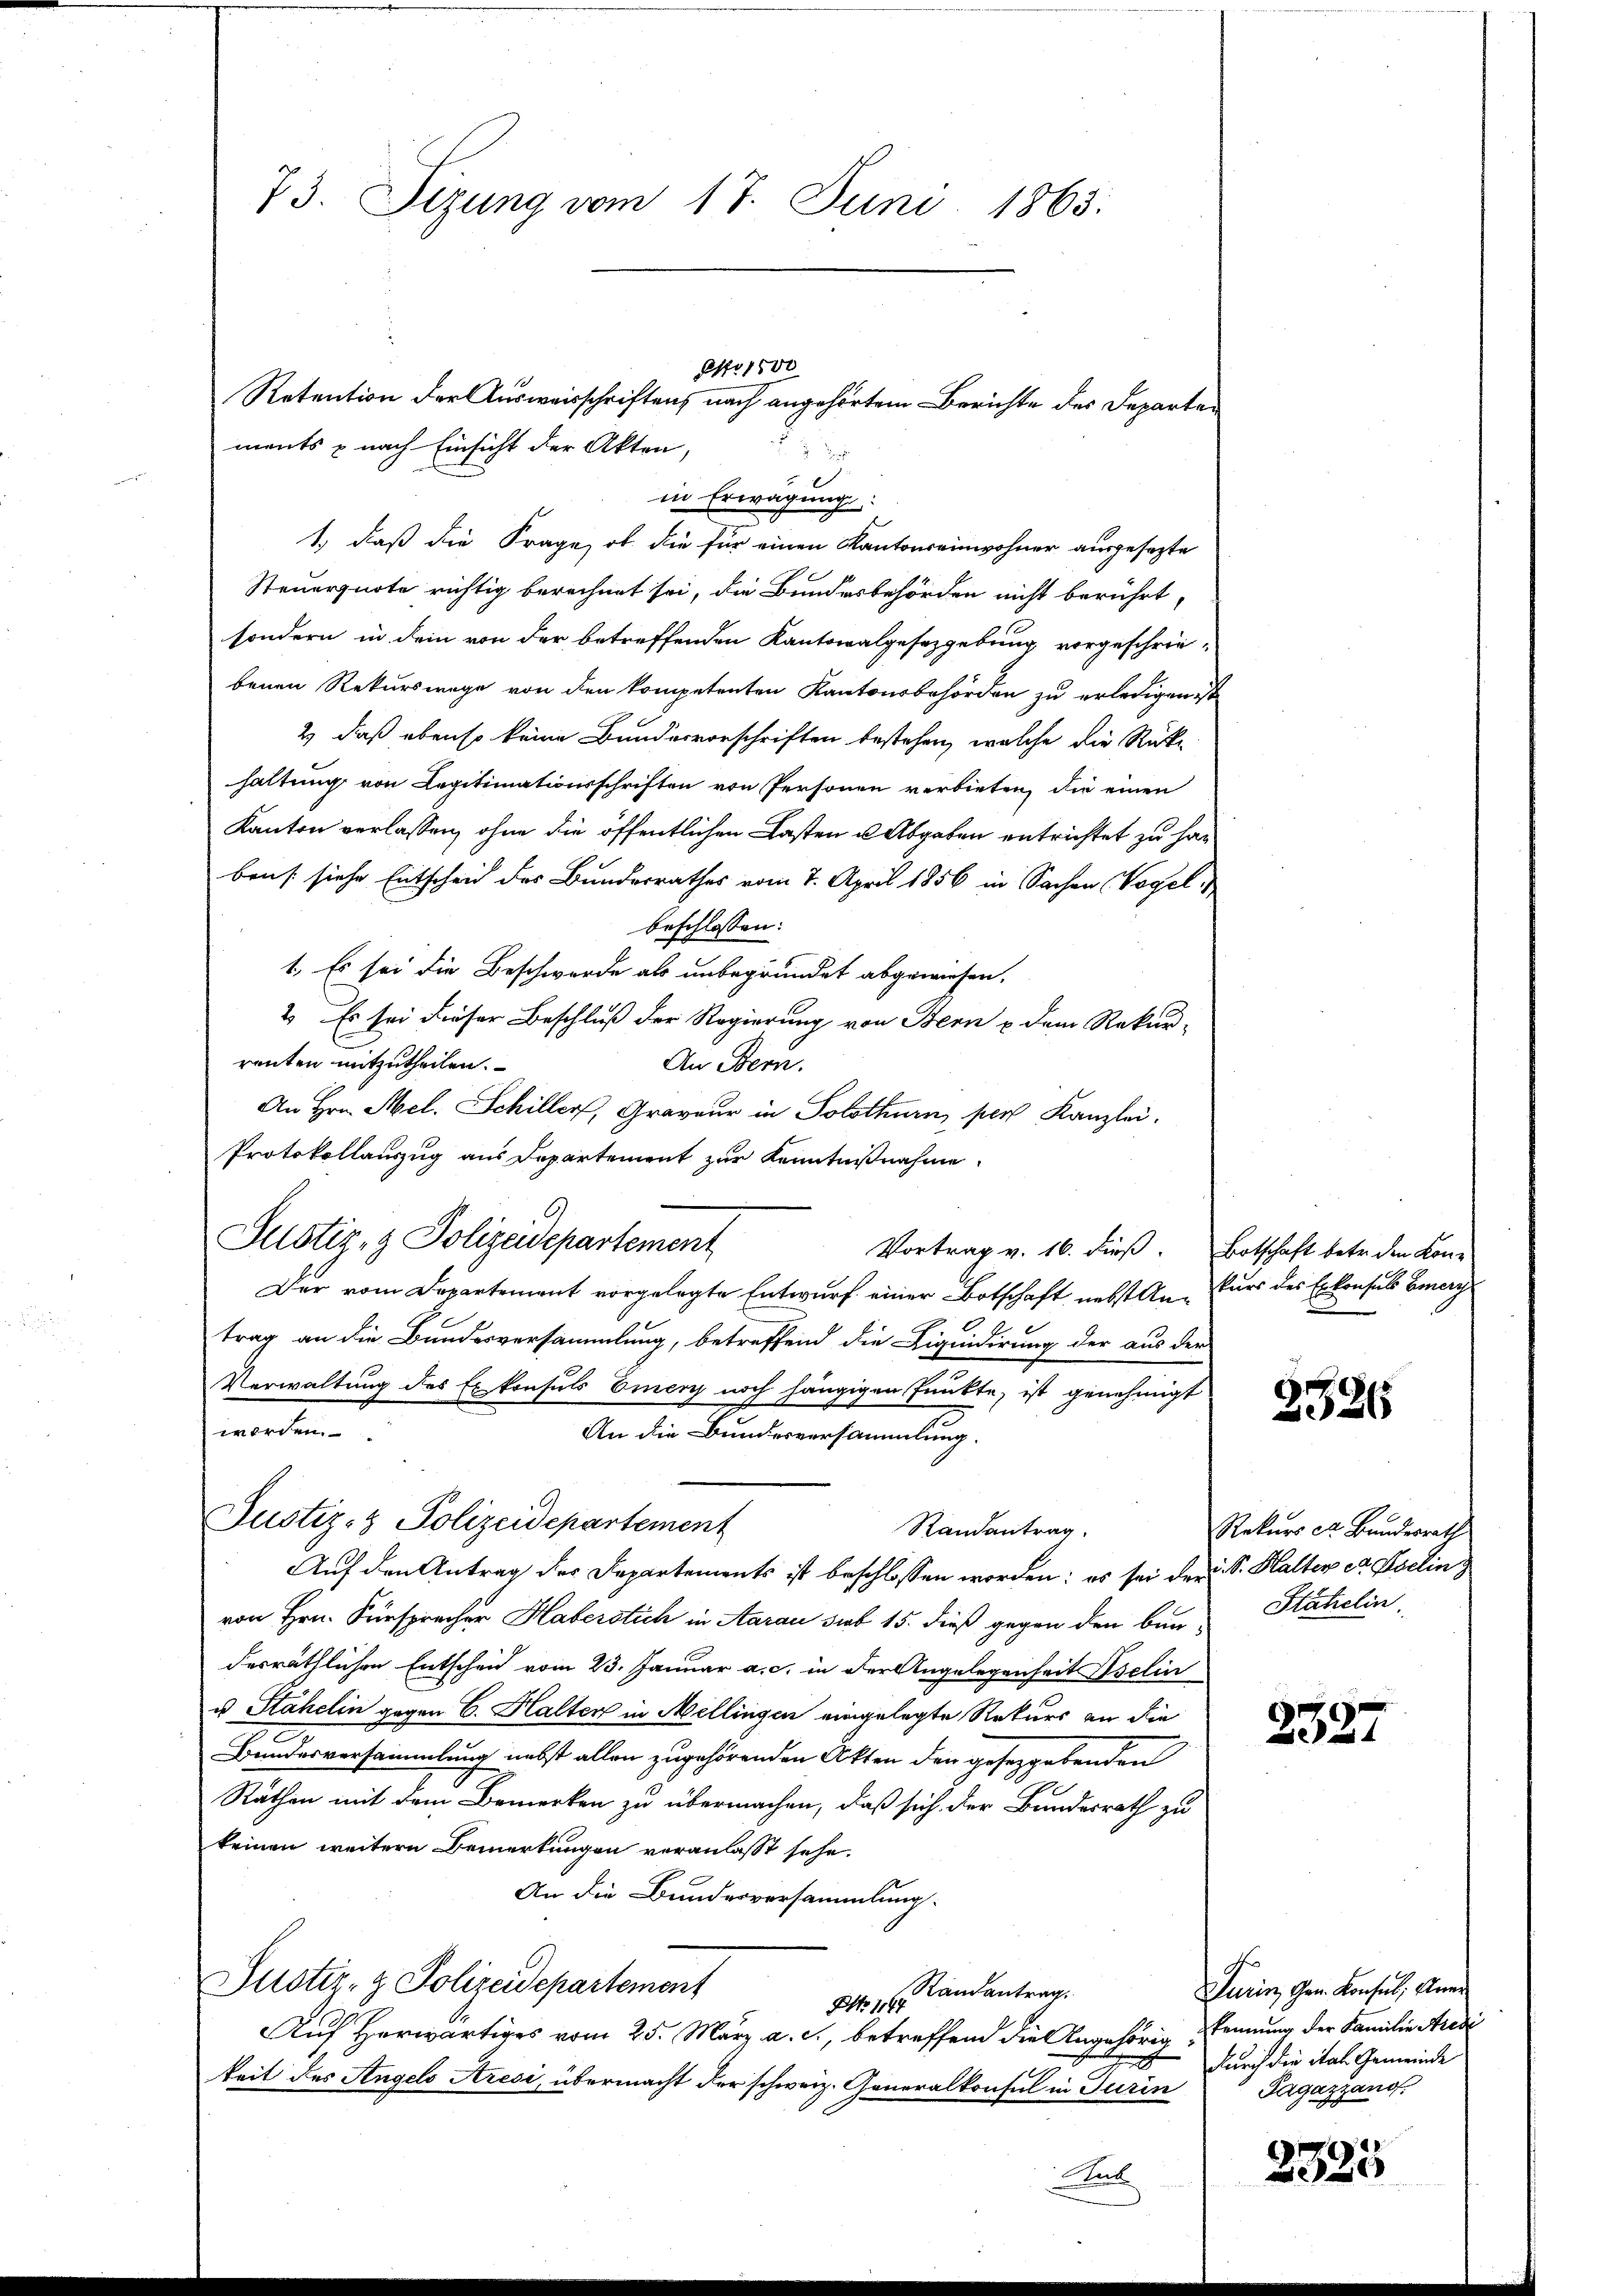
73. Sizung vom 17. Juni 1863.

ments & nach Einsicht der Akten,
Steuerquote richtig berechnet sei, die Bundesbehörden nicht berührt,
sondern in dem von der betreffenden Kantonalgesetzgebung vorgeschrie-
benen Rekurswege von den kompetenten Kantonsbehörden zu erledigen,
2) daß ebenso keine Bundesvorschriften bestehen, welche die Rückhaltung von Legitimationsschriften von Personen verbieten, die einen
Kanton verlassen, ohne die öffentlichen Lasten u Abgaben entrichtet zu han
bens siche Entscheid des Bundesrathes vom 7. April 1856 in Sachen Vogelbeschlossen:
1. Es sei die Beschwerde als unbegründet abgewiesen.
2. Es sei dieser Beschluß der Regierung von Bern u dem Rekur-
renten mitzutheilen.
An Bern.
An Hrn. Mel. Schiller, Graveur in Solothurn, per Kanzlei.
Protokollauszug aus Departement zur Kenntnißnahme
Justiz- & Polizeidepartement
Der vom Departement vorgelegte Entwurf einer Botschaft, nebst Antrag an die Bundesversammlung, betreffend die Liquidirung der aus der
Verwaltung des Exkonsuls Einer noch hängigen Funkte, ist genehmigt
werden.
An die Bundesversammlung.
Justiz- & Polizeidepartement
Randantrag.
Auf den Antrag des Departements ist beschlossen worden; es sei der
von Hrn. Fürsprecher Haberstich in Aarau sieb 15. dieß gegen den bun-
desräthlichen Entscheid vom 23. Januar a. c. in der Angelegenheit Iselin
u Stahelin gegen C. Halter in Mellingen eingelegte Rekurs an die
Bundesversammlung nebst allen zugehörenden Akten den gesetzgebenden
Rathen mit dem Bemerken zu übermachen, daß sich der Bundesrath zu
keinen weitern Bemerkungen veranlasst sehe.
An die Bundesversammlung.
Justiz- & Polizeidepartement
Randantrag
NNo. 1164
Auf Herwärtiges vom 25. März a. c., betreffend die Angehörig
keit des Angels Aresi, übermacht der schweiz. Generalkonsul in Turin

NNo. 1500
Retention der Ausweisschriftens nach angehörtem Berichte des Departe

x
in Erwägung
1.) daß die Frage, ob die für einen Kantonseinwohner ausgesezte

Vortrag v. 16. dieß.

n

Botschaft betr. den Konkurs des Erkonsuls Generg

2326

Rekurs er Bundesrath
. Sr. Halter et Pseling
Statielin.

2327

Turin, Gen. Konsul, Aner
kennung der Familie Aredi
durch die ital Gemeinde
Tagazzang.

2325